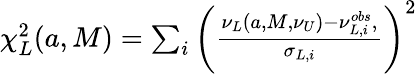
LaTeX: \begin{array}{r}{\chi_{L}^{2}(a,M)=\sum_{i}\left(\frac{\nu_{L}(a,M,\nu_{U})-\nu_{L,i}^{obs},}{\sigma_{L,i}}\right)^{2}}\end{array}